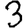
Digit: 3